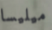
ميليسا